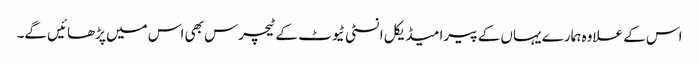
اس کے علاوہ ہمارے یہاں کے پیرا میڈیکل انسٹی ٹیوٹ کے ٹیچرس بھی اس میں پڑھائیں گے۔